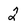
Character: 2